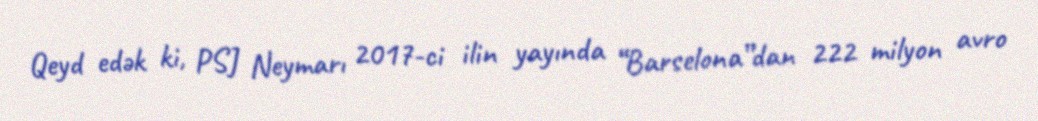
Qeyd edək ki, PSJ Neymarı 2017-ci ilin yayında “Barselona”dan 222 milyon avro